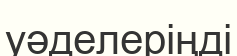
уәделеріңді